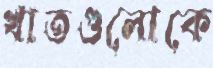
খাতগুলোকে